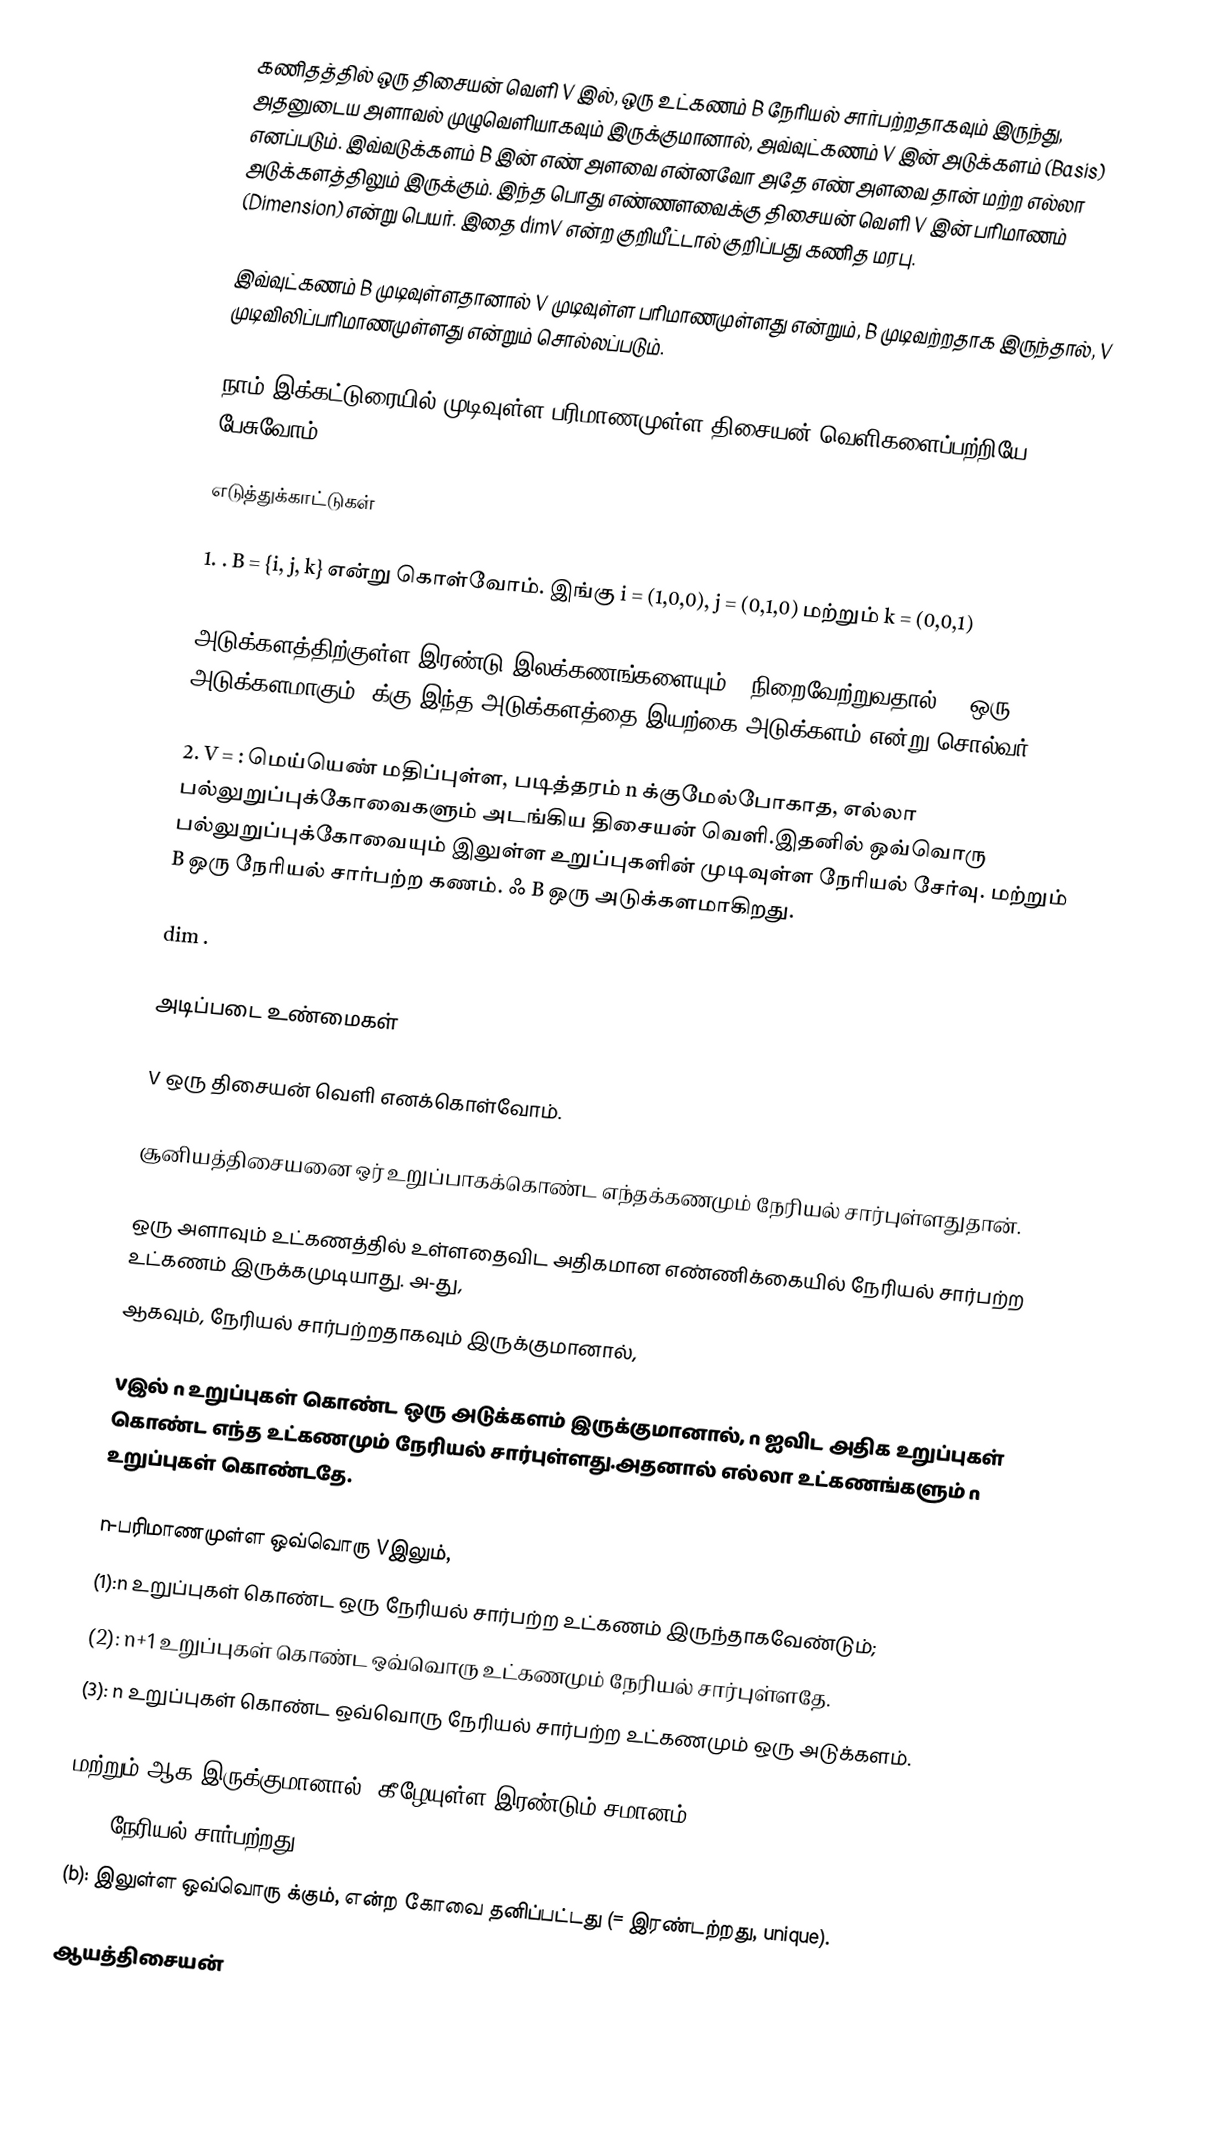
கணிதத்தில் ஒரு திசையன் வெளி V இல், ஒரு உட்கணம்  B  நேரியல் சார்பற்றதாகவும் இருந்து, அதனுடைய அளாவல் முழுவெளியாகவும்  இருக்குமானால், அவ்வுட்கணம் V இன் அடுக்களம்  (Basis) எனப்படும். இவ்வடுக்களம் B இன் எண் அளவை என்னவோ அதே எண் அளவை தான் மற்ற எல்லா அடுக்களத்திலும் இருக்கும்.  இந்த பொது எண்ணளவைக்கு திசையன் வெளி  V  இன் பரிமாணம் (Dimension) என்று பெயர்.  இதை dimV என்ற குறியீட்டால் குறிப்பது கணித மரபு.

இவ்வுட்கணம் B முடிவுள்ளதானால் V முடிவுள்ள பரிமாணமுள்ளது என்றும், B முடிவற்றதாக இருந்தால், V முடிவிலிப்பரிமாணமுள்ளது என்றும் சொல்லப்படும்.

நாம் இக்கட்டுரையில் முடிவுள்ள பரிமாணமுள்ள திசையன் வெளிகளைப்பற்றியே பேசுவோம்.

எடுத்துக்காட்டுகள்

1. .  B =  {i, j, k} என்று கொள்வோம். இங்கு  i = (1,0,0), j = (0,1,0) மற்றும் k = (0,0,1)

அடுக்களத்திற்குள்ள இரண்டு இலக்கணங்களையும் B நிறைவேற்றுவதால், B ஒரு அடுக்களமாகும்.  க்கு இந்த அடுக்களத்தை இயற்கை அடுக்களம் என்று சொல்வர்.

2. V = : மெய்யெண் மதிப்புள்ள, படித்தரம் n க்குமேல்போகாத,  எல்லா பல்லுறுப்புக்கோவைகளும் அடங்கிய திசையன் வெளி.இதனில் ஒவ்வொரு பல்லுறுப்புக்கோவையும்    இலுள்ள உறுப்புகளின் முடிவுள்ள நேரியல் சேர்வு.  மற்றும் B ஒரு நேரியல் சார்பற்ற கணம். ஃ B ஒரு அடுக்களமாகிறது.

dim .

அடிப்படை உண்மைகள்

V ஒரு திசையன் வெளி எனக்கொள்வோம்.

 சூனியத்திசையனை ஒர் உறுப்பாகக்கொண்ட எந்தக்கணமும் நேரியல் சார்புள்ளதுதான்.

 ஒரு அளாவும் உட்கணத்தில் உள்ளதைவிட அதிகமான எண்ணிக்கையில் நேரியல் சார்பற்ற உட்கணம் இருக்கமுடியாது. அ-து,
   ஆகவும்,  நேரியல் சார்பற்றதாகவும் இருக்குமானால்,

 Vஇல் n உறுப்புகள் கொண்ட ஒரு அடுக்களம் இருக்குமானால், n ஐவிட அதிக உறுப்புகள் கொண்ட எந்த உட்கணமும் நேரியல் சார்புள்ளது.அதனால் எல்லா உட்கணங்களும் n உறுப்புகள் கொண்டதே.

  n-பரிமாணமுள்ள ஒவ்வொரு Vஇலும்,
(1):n உறுப்புகள் கொண்ட ஒரு நேரியல் சார்பற்ற உட்கணம் இருந்தாகவேண்டும்;
(2): n+1 உறுப்புகள் கொண்ட ஒவ்வொரு உட்கணமும் நேரியல் சார்புள்ளதே.
(3): n உறுப்புகள் கொண்ட ஒவ்வொரு நேரியல் சார்பற்ற உட்கணமும் ஒரு அடுக்களம்.

  மற்றும்  ஆக இருக்குமானால், கீழேயுள்ள இரண்டும் சமானம்:
  (a):  நேரியல் சார்பற்றது.
  (b): இலுள்ள ஒவ்வொரு  க்கும்,  என்ற கோவை தனிப்பட்டது (= இரண்டற்றது, unique).

ஆயத்திசையன்